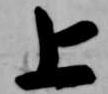
上